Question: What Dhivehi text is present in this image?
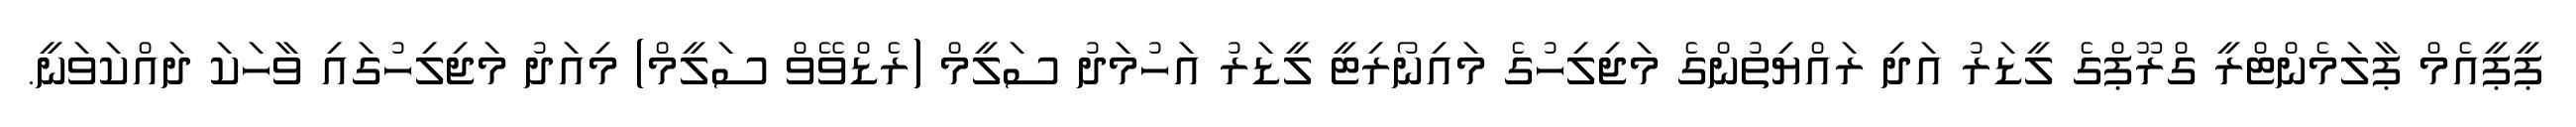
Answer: ޕީޕީއެމް ޕާލަމެންޓްރީ ގްރޫޕްގެ ލީޑަރު އަދި ރައްޔިތުންގެ މަޖިލިހުގެ މައިނޯރިޓީ ލީޑަރު އަހުމަދު ސަލީމް (ރެޑްވޭވް ސަލީމް) މިއަދު މަޖިލިހުގައި ވާހަކަ ދައްކަވަނީ.